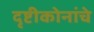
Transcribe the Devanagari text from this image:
दृष्टीकोनांचे